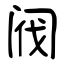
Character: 阀